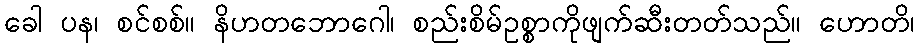
ခေါ ပန၊ စင်စစ်။ နိဟတဘောဂေါ၊ စည်းစိမ်ဥစ္စာကိုဖျက်ဆီးတတ်သည်။ ဟောတိ၊